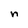
Character: n